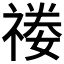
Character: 𥚿